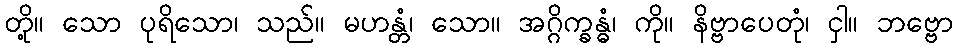
တို့။ သော ပုရိသော၊ သည်။ မဟန္တံ၊ သော။ အဂ္ဂိက္ခန္ဓံ၊ ကို။ နိဗ္ဗာပေတုံ၊ ငှါ။ ဘဗ္ဗော